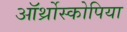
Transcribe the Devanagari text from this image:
ऑर्थ्रोस्कोपिया